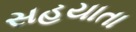
સહયાતા